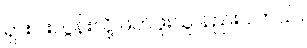
ရှားပါးလွန်းလို့ ဖတ်ဖူးသူ နည်းပါတယ်။